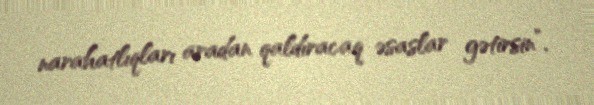
narahatlıqları aradan qaldıracaq əsaslar gətirsin”.